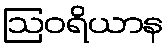
ဩဝရိယာန